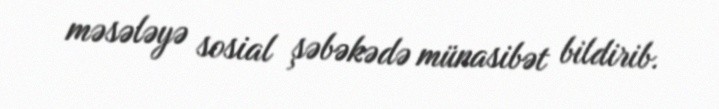
məsələyə sosial şəbəkədə münasibət bildirib.